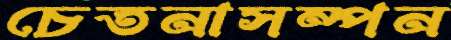
চেতনাসম্পন